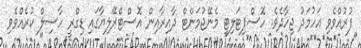
ފުރުއްވެވި އަހުމަދު ޖިހާދެވެ. ހޮސްޕިޓަލިޓީ މެނޭޖުމަންޓް ދާއިރާއިން އޮސްޓްރޭލިޔާގައި ޑިގްރީ ހާސިލް ކުރެއްވެވި